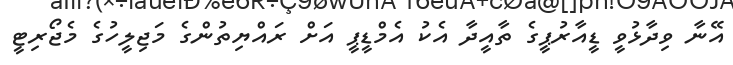
އޭނާ ވިދާޅުވީ ޑީއާރުޕީގެ ތާއީދާ އެކު އެމްޑީޕީ އަށް ރައްޔިތުންގެ މަޖިލީހުގެ މެޖޯރިޓީ